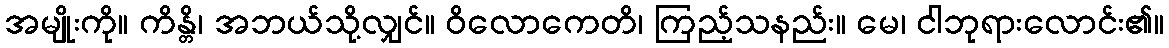
အမျိုးကို။ ကိန္တိ၊ အဘယ်သို့လျှင်။ ဝိလောကေတိ၊ ကြည့်သနည်း။ မေ၊ ငါဘုရားလောင်း၏။